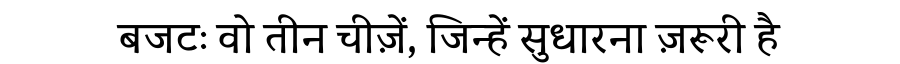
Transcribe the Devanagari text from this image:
बजटः वो तीन चीज़ें, जिन्हें सुधारना ज़रूरी है